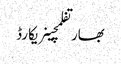
بھارتفلمچینریکارڈ